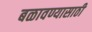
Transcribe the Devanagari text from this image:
बळावण्यासाठी